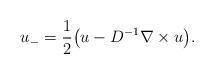
LaTeX: \begin{align*}u_- = \frac{1}{2}\big(u - D^{-1}\nabla\times u\big).\end{align*}